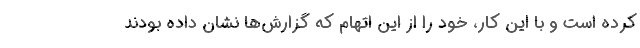
کرده است و با این کار، خود را از این اتهام که گزارش‌ها نشان داده بودند